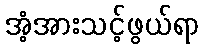
အံ့အားသင့်ဖွယ်ရာ